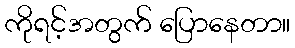
ကိုရင့်အတွက် ပြောနေတာ။